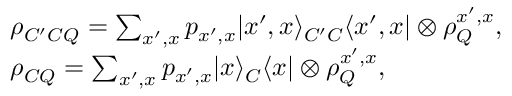
\begin{array} { r l } & { \rho _ { C ^ { \prime } C Q } = \sum _ { x ^ { \prime } , x } p _ { x ^ { \prime } , x } | x ^ { \prime } , x \rangle _ { C ^ { \prime } C } \langle x ^ { \prime } , x | \otimes \rho _ { Q } ^ { x ^ { \prime } , x } , } \\ & { \rho _ { C Q } = \sum _ { x ^ { \prime } , x } p _ { x ^ { \prime } , x } | x \rangle _ { C } \langle x | \otimes \rho _ { Q } ^ { x ^ { \prime } , x } , } \end{array}